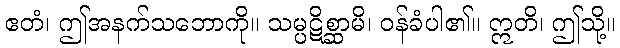
ဧတံ၊ ဤအနက်သဘောကို။ သမ္ပဋိစ္ဆာမိ၊ ဝန်ခံပါ၏။ ဣတိ၊ ဤသို့။